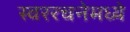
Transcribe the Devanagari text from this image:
स्वररचनेमध्ये